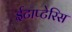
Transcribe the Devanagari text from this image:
ईटाप्टेरिस